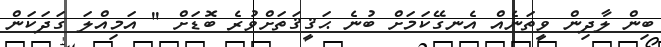
ބިން ލާދިން ވީތަނެއް އެނގޭކަމަށް ބުނެ ޙަޤީޤަތަށްވުރެ ބޮޑަށް '' އަމިއްލަ ގަދަކަން